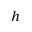
h